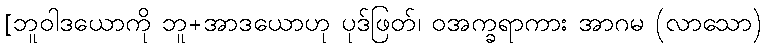
[ဘူဝါဒယောကို ဘူ+အာဒယောဟု ပုဒ်ဖြတ်၊ ဝအက္ခရာကား အာဂမ (လာသော)